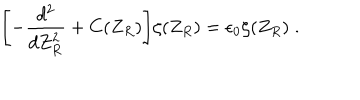
\Biggl [ - { \frac { d ^ { 2 } } { d Z _ { R } ^ { 2 } } } + C ( Z _ { R } ) \Biggl ] \zeta ( Z _ { R } ) = \epsilon _ { 0 } \zeta ( Z _ { R } ) \; .